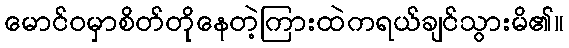
မောင်ဝမှာစိတ်တိုနေတဲ့ကြားထဲကရယ်ချင်သွားမိ၏။